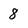
Character: 8